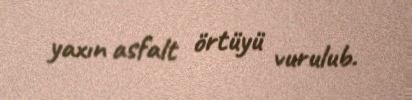
yaxın asfalt örtüyü vurulub.